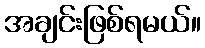
အချင်းဖြစ်ရမယ်။